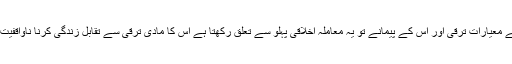
باقی رہے دنیا کے معیارات ترقی اور اس کے پیمانے تو یہ معاملہ اخلاقی پہلو سے تعلق رکھتا ہے اس کا مادی ترقی سے تقابل زندگی کرنا ناواقفیت کی علامت ہے ۔